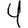
Digit: 4